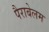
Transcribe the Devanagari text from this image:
पैराबेलम